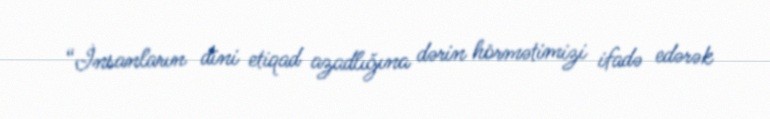
“İnsanların dini etiqad azadlığına dərin hörmətimizi ifadə edərək